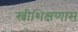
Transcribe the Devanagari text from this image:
स्त्रीशिक्षणास